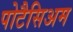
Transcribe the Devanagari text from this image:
पोटैसिअम